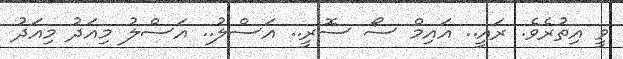
ވީ އިތުރެވެ. ރައީ.. އައިމް ސޯ ސޮރީ.. އަސްލު.. އަސްލު މިއަދު މިއަދު